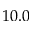
1 0 . 0